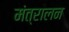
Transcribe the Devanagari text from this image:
मंत्रालन